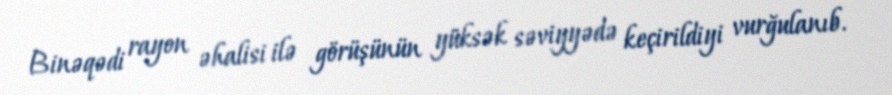
Binəqədi rayon əhalisi ilə görüşünün yüksək səviyyədə keçirildiyi vurğulanıb.